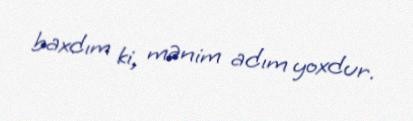
baxdım ki, mənim adım yoxdur.